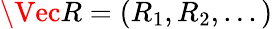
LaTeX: \Vec{R}=(R_{1},R_{2},...)